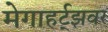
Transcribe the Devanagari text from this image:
मेगाहर्ट्‌झवर